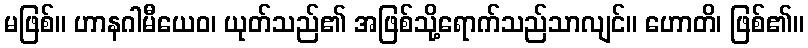
မဖြစ်။ ဟာနဂါမီယေဝ၊ ယုတ်သည်၏ အဖြစ်သို့ရောက်သည်သာလျင်။ ဟောတိ၊ ဖြစ်၏။